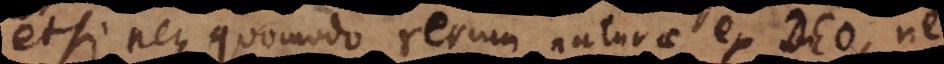
etsi neque quomodo rerum naturae ex Deo, neque